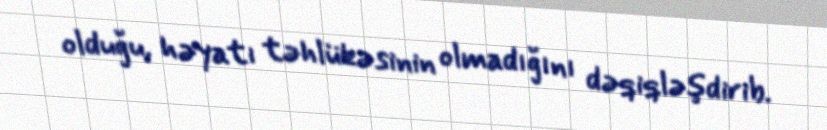
olduğu, həyatı təhlükəsinin olmadığını dəqiqləşdirib.